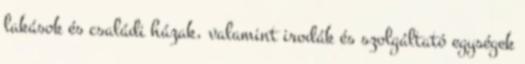
lakások és családi házak, valamint irodák és szolgáltató egységek